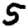
Digit: 5